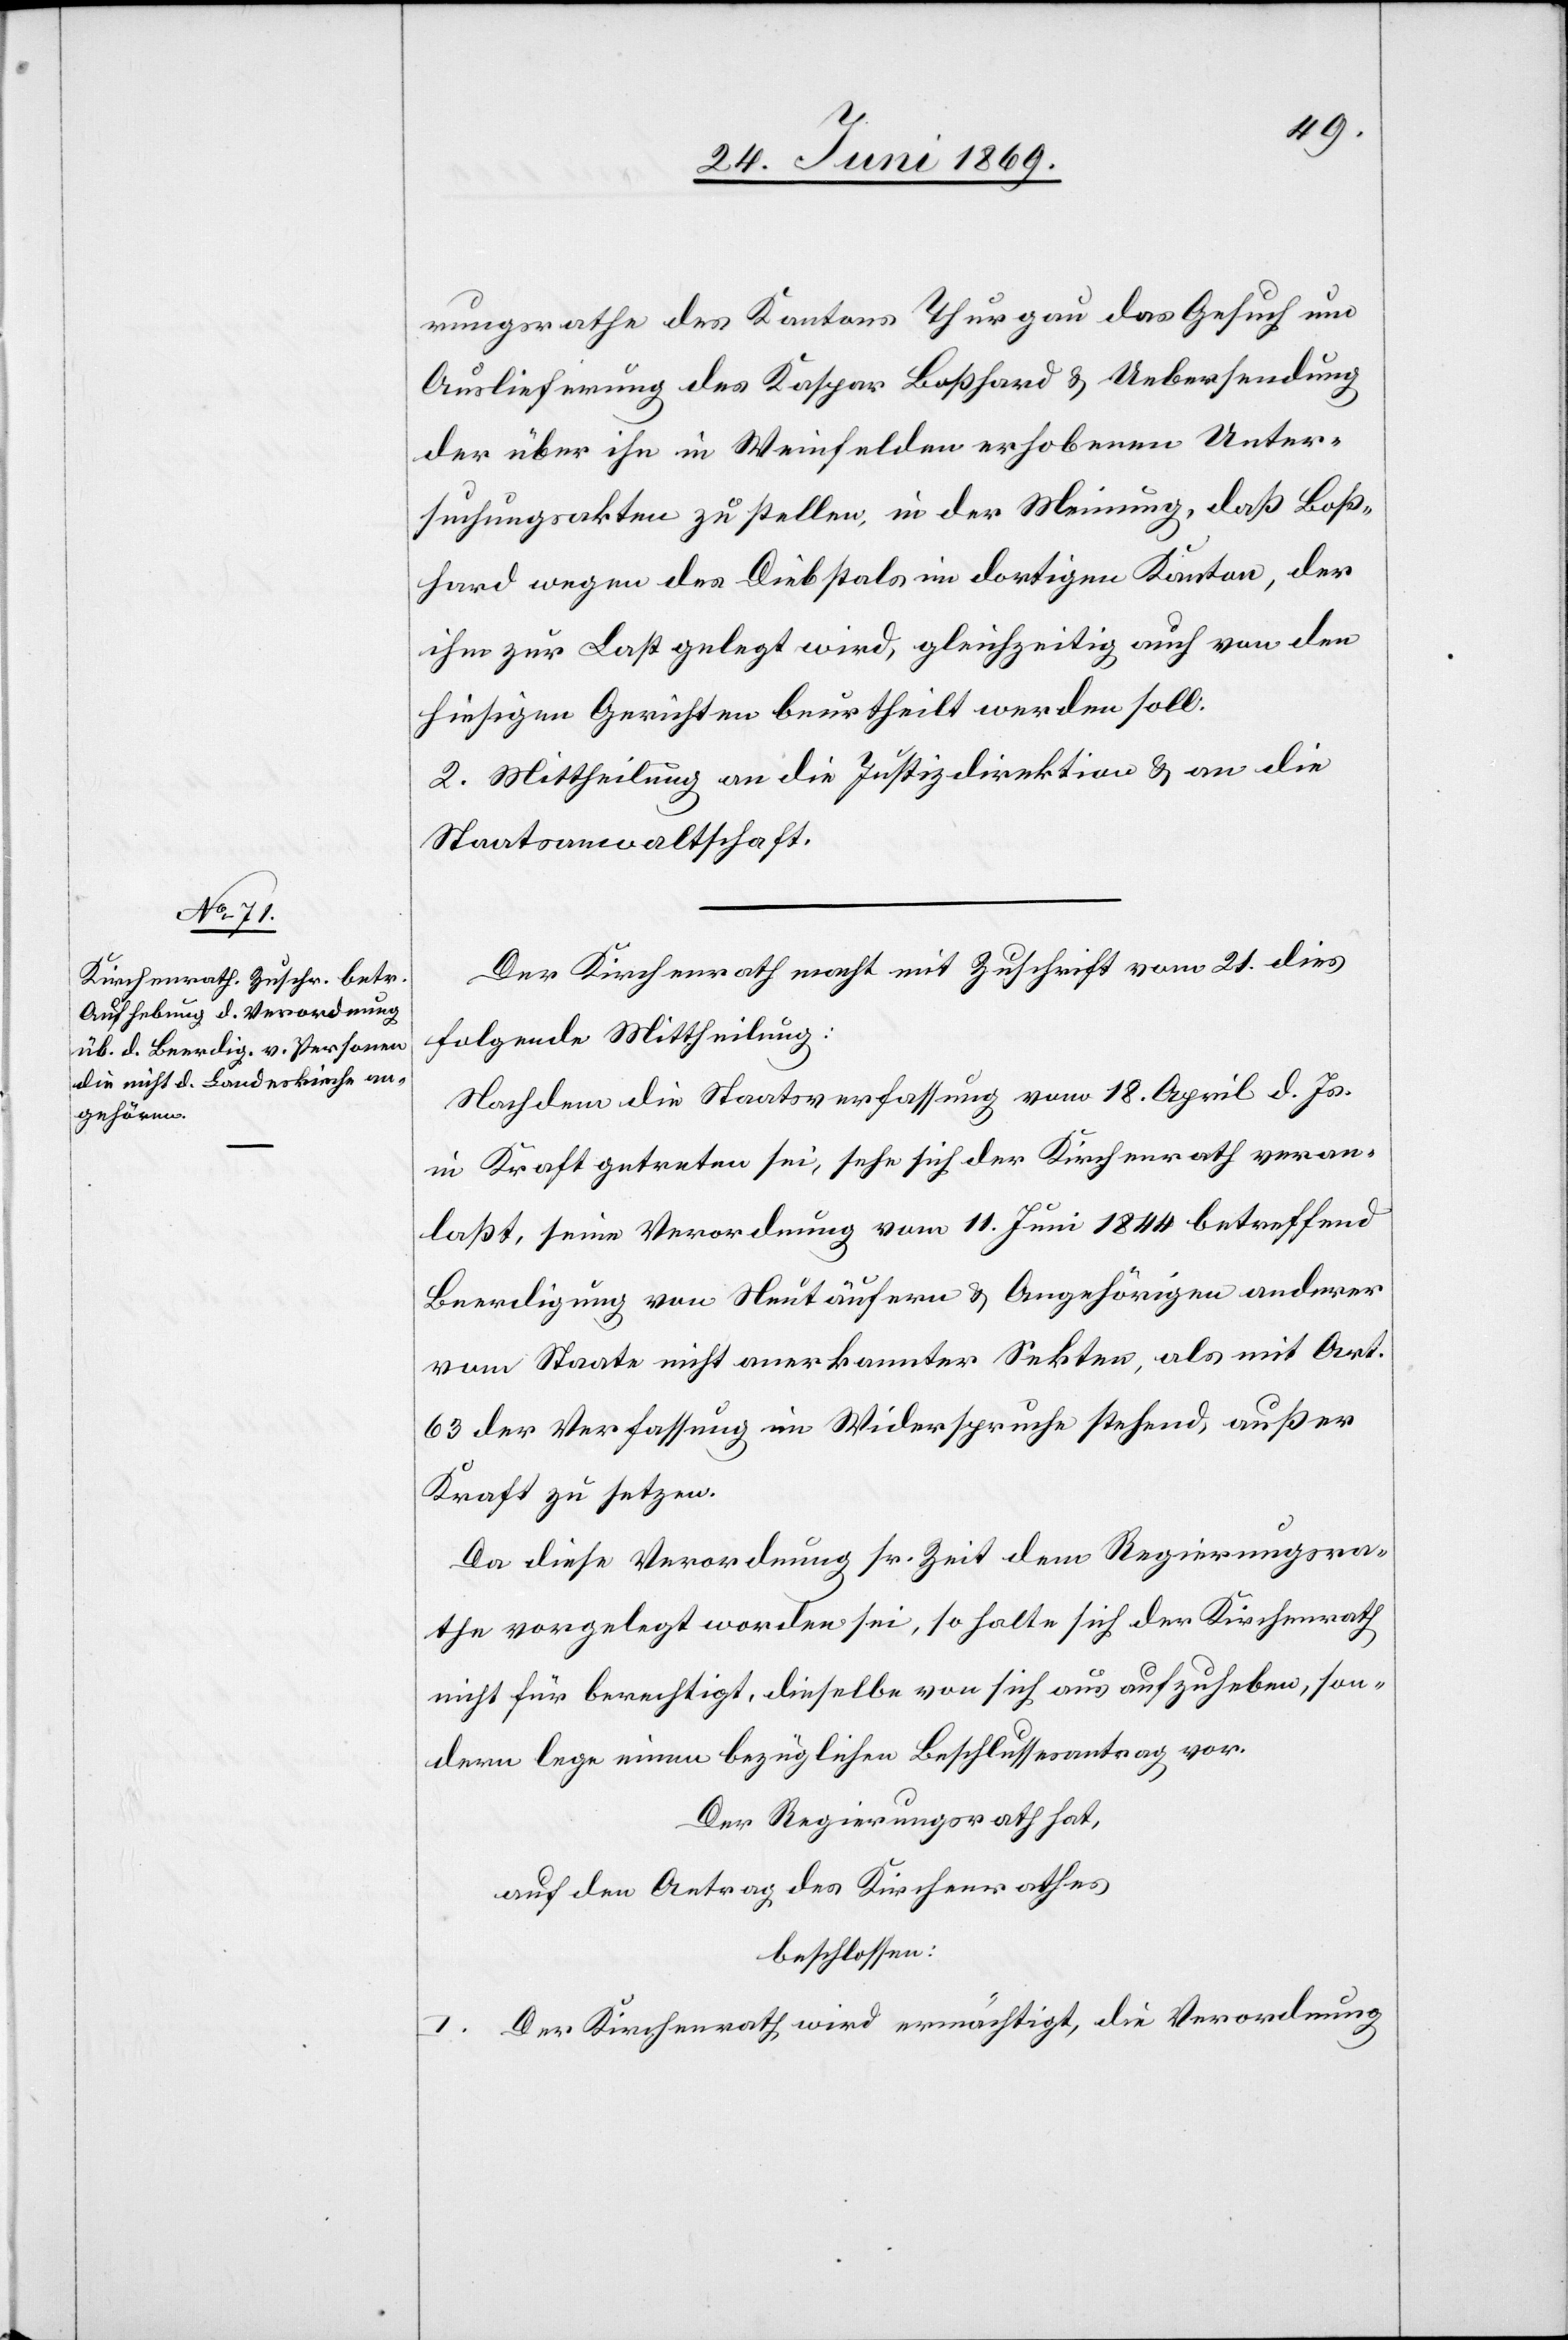
rungsrathes des Kantons Thurgau das Gesuch um
Auslieferung des Kaspar Boßhard u. Uebersendung
der über ihn in Weinfelden erhobenen Unter¬
suchungsakten zu stellen, in der Meinung, daß Boß¬
hard wegen des Diebstals im dortigen Kanton, der
ihm zur Last gelegt wird, gleichzeitig auch von den
hiesigen Gerichten beurtheilt werden soll.
2. Mittheilung an die Justizdirektion u. an die
Staatsanwaltschaft.
Der Kirchenrath macht mit Zuschrift vom 21 dies
folgende Mittheilung:
Nachdem die Staatsverfassung vom 18 April d. Js.
in Kraft getreten sei, sehe sich der Kirchenrath veran¬
laßt, seine Verordnung vom 11 Juni 1844 betreffend
Beerdigung von Neutäufern u. Angehörigen anderer
vom Staate nicht anerkannten Sekten, als mit Art.
63 der Verfassung im Widerspruche stehend, außer
Kraft zu setzen.
Da diese Verordnung sr. Zeit dem Regierungsra¬
the vorgelegt worden sei, so halte sich der Kirchenrath
nicht für berechtigt, dieselbe von sich aus aufzuheben, son¬
dern lege einen bezüglichen Beschlussesantrag vor.
Der Regierungsrath hat,
auf den Antrag des Kirchenrathes,
beschlossen:
I. Der Kirchenrath wird ermächtigt, die Verordnung